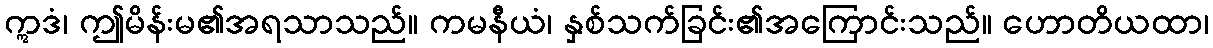
ဣဒံ၊ ဤမိန်းမ၏အရသာသည်။ ကမနီယံ၊ နှစ်သက်ခြင်း၏အကြောင်းသည်။ ဟောတိယထာ၊